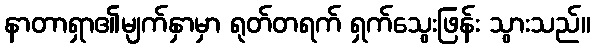
နာတာရှာ၏မျက်နှာမှာ ရုတ်တရက် ရှက်သွေးဖြန်း သွားသည်။